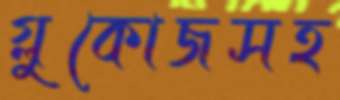
গ্লুকোজসহ